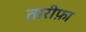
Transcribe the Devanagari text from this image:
तारीफ़ा